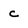
Character: c